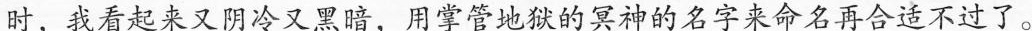
时，我看起来又阴冷又黑暗，用掌管地狱的冥神的名字来命名再合适不过了。